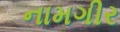
નામગીર